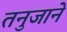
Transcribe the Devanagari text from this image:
तनुजाने